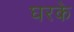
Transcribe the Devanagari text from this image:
घरके